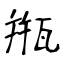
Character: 甁